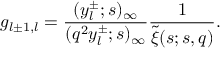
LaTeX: g _ { l \pm 1 , l } = \frac { ( y _ { l } ^ { \pm } ; s ) _ { \infty } } { ( q ^ { 2 } y _ { l } ^ { \pm } ; s ) _ { \infty } } \frac { 1 } { \widetilde { \xi } ( s ; s , q ) } .